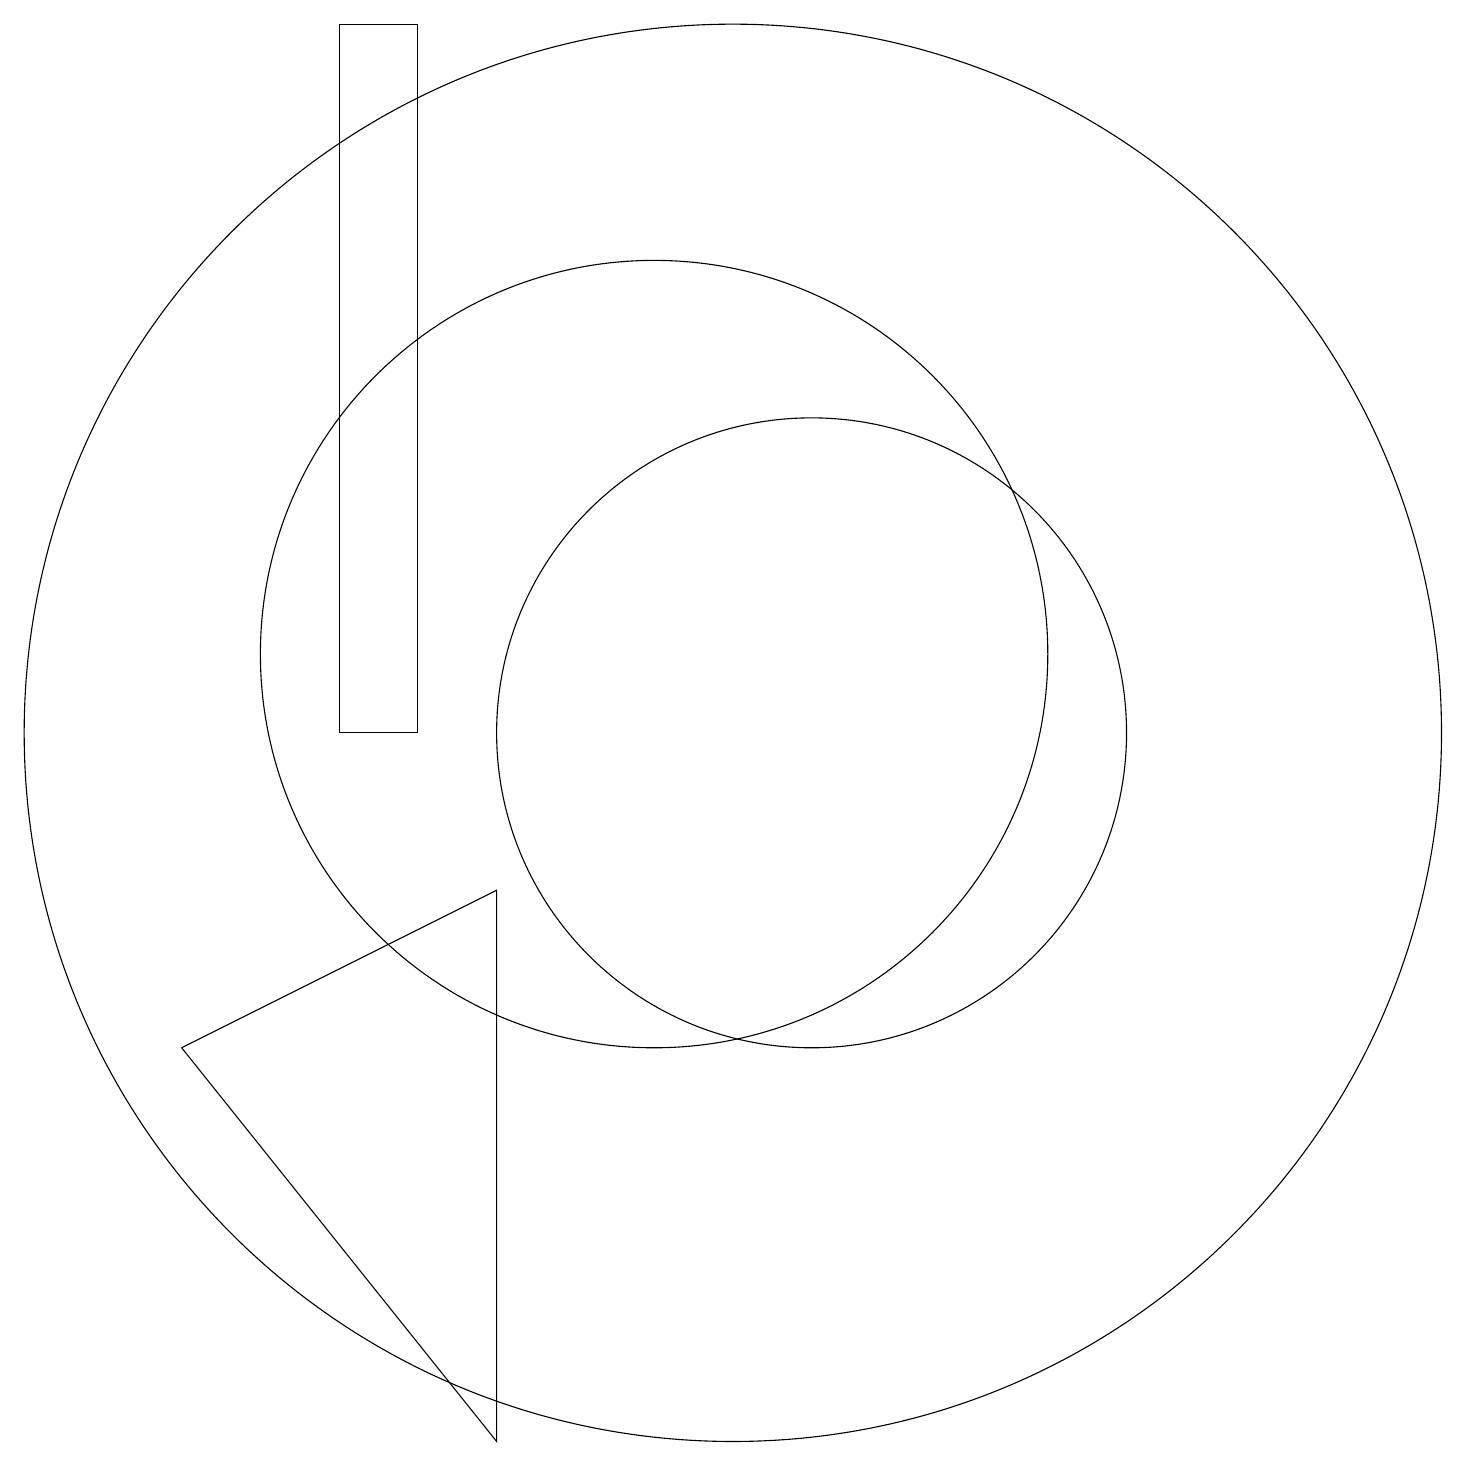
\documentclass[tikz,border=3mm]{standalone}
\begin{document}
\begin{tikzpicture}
\draw (11,10) circle (9);
\draw (10,11) circle (5);
\draw (12,10) circle (4);
\draw (6,10) rectangle (7,19);
\draw (8,1) -- (8,8) -- (4,6) -- cycle;
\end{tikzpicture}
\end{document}